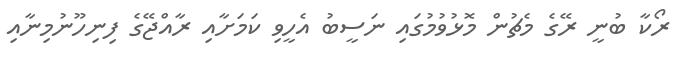
ރޯކާ ބުނީ ރޭގެ މެޗުން މޮޅުވުމުގައި ނަސީބު އެހީވި ކަމަށާއި ރާއްޖޭގެ ފިނިހޫނުމިނާއި